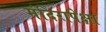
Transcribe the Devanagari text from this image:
मंदिरापेक्षा